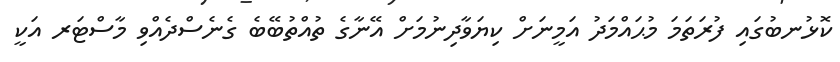
ކޮޅުނބުގައި ފުރަތަމަ މުޙައްމަދު އަމީނަށް ކިޔަވާދިނުމަށް އޭނާގެ ތުއްތުބޭބެ ގެނެސްދެއްވި މާސްޓަރ އަކީ